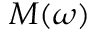
M ( \omega )